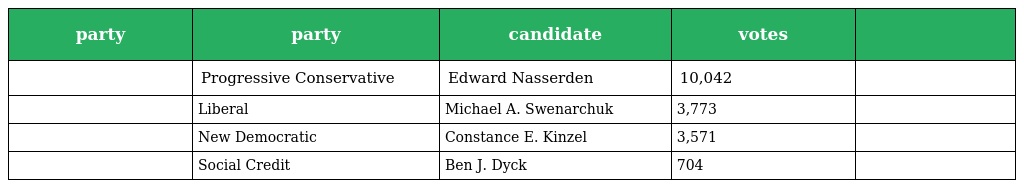
| party | party | candidate | votes |  |
 | --- | --- | --- | --- | --- |
 |  | Progressive Conservative | Edward Nasserden | 10,042 |  |
 |  | Liberal | Michael A. Swenarchuk | 3,773 |  |
 |  | New Democratic | Constance E. Kinzel | 3,571 |  |
 |  | Social Credit | Ben J. Dyck | 704 |  |